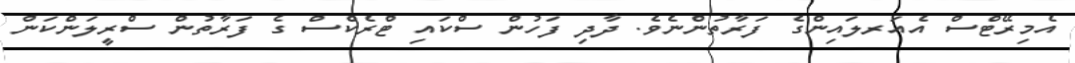
އެމިރޭޓްސް އެއަރލައިންގެ ފަރާތުންނެވެ. ދާދި ފަހުން ސްކައި ޓްރެކްސް ގެ ފަރާތުން ސްރީލަންކަން